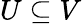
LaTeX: U\subseteq V